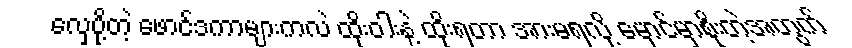
လှေပို့တဲ့ ဖောင်ဒကာများကလဲ ထိုးဝါးနဲ့ ထိုးရတာ အားမရလို့ မှောင်မှာစိုးတဲ့အတွက်